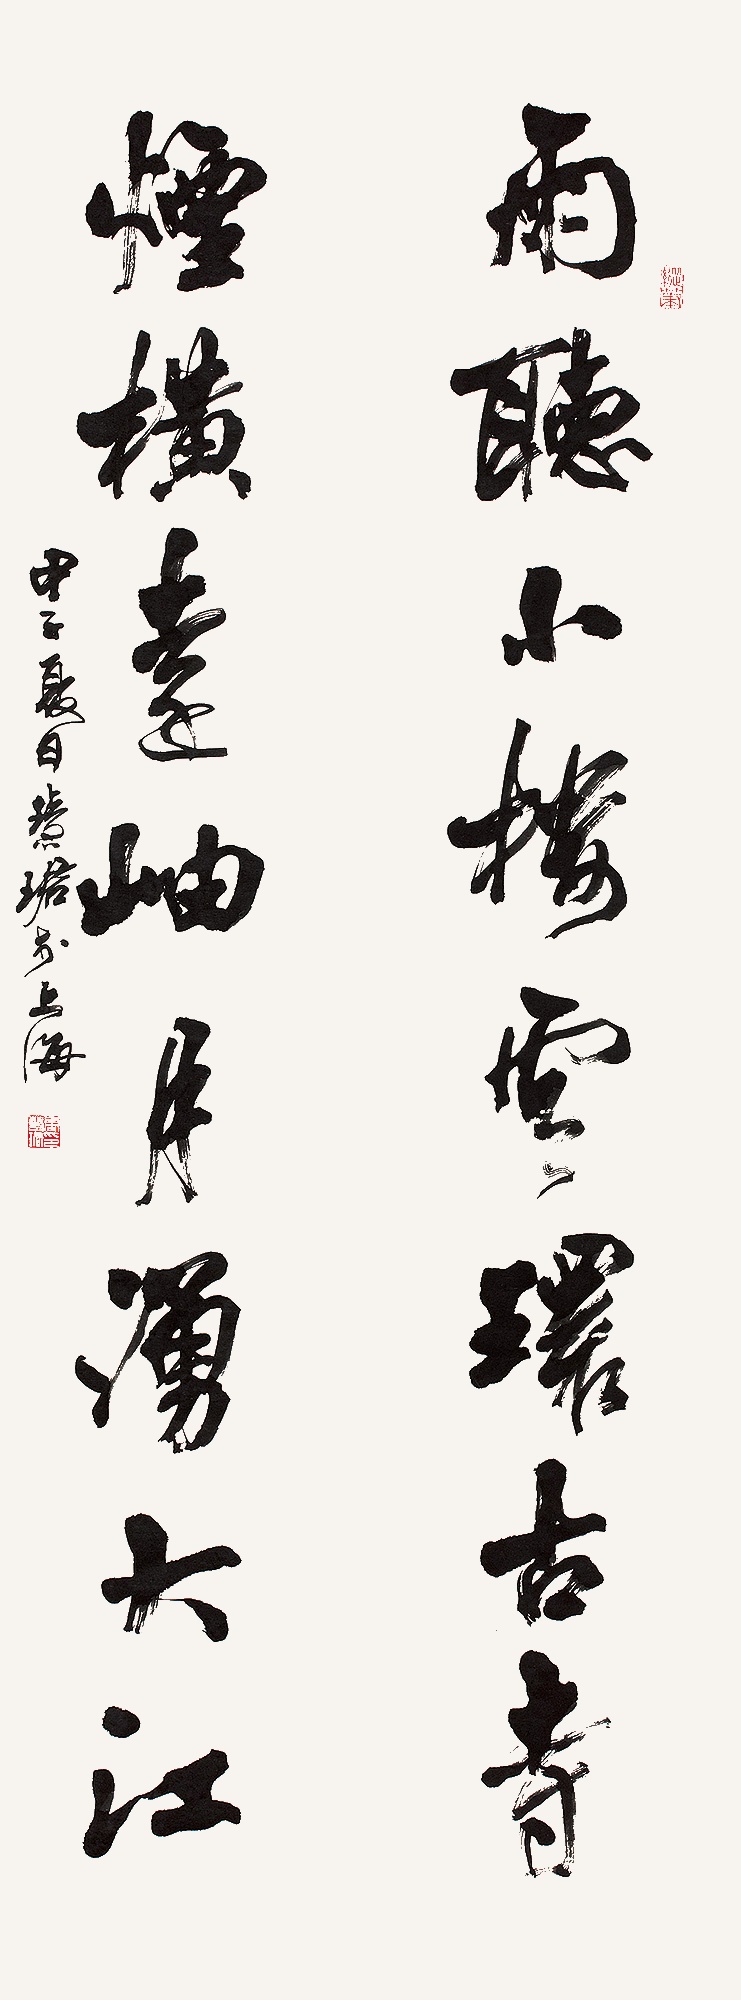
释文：雨听小楼云环古寺，烟横远岫月涌大江。甲子夏日，慧珺于上海。